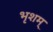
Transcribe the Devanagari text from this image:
भृशम्‌